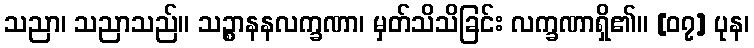
သညာ၊ သညာသည်။ သဉ္စာနနလက္ခဏာ၊ မှတ်သိသိခြင်း လက္ခဏာရှိ၏။ [၀၇] ပုန၊